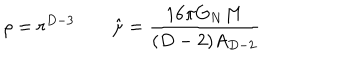
\rho = r ^ { D - 3 } \qquad \hat { \mu } = { \frac { 1 6 \pi G _ { N } M } { ( D - 2 ) A _ { D - 2 } } }